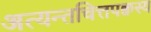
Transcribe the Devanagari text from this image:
अत्यन्तचित्तपक्वस्य